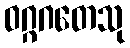
ဝဂ္ဂဂတေသု